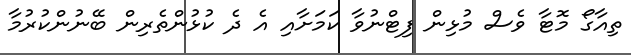
ތިއާގޯ މޮޓާ ވެސް މުޅިން ފިޓްނުވާ ކަމަށާއި އެ ދެ ކުޅުންތެރިން ބޭނުންކުރުމާ